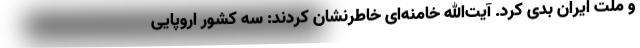
و ملت ایران بدی کرد. آیت‌الله خامنه‌ای خاطرنشان کردند: سه کشور اروپایی